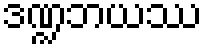
ဒဏ္ဍဘယဿ